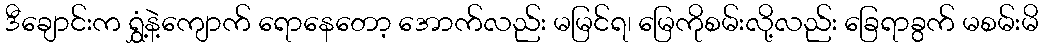
ဒီချောင်းက ရွှံ့နဲ့ကျောက် ရောနေတော့ အောက်လည်း မမြင်ရ၊ မြေကိုစမ်းလို့လည်း ခြေရာခွက် မစမ်းမိ